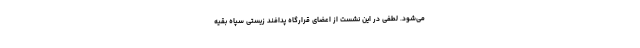
می‌شود. لطفی در این نشست از اعضای قرارگاه پدافند زیستی سپاه بقیه‌